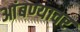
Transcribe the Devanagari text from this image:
आंबण्यावर